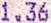
1.36